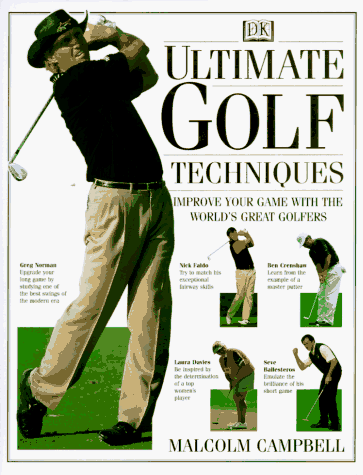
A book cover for Ultimate Golf Techniques: Improve Your Golf Game With The World'sGreatest Golfers; Malcolm Campbell; Sports & Outdoors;